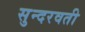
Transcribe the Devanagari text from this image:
सुन्दरवती